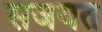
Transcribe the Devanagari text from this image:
सजवत